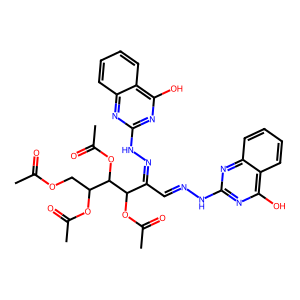
SMILES: CC(=O)OCC(OC(C)=O)C(OC(C)=O)C(OC(C)=O)C(C=NNc1nc(O)c2ccccc2n1)=NNc1nc(O)c2ccccc2n1
Inhibits HIV replication: No